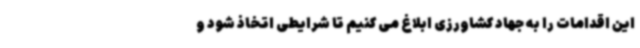
این اقدامات را به جهاد کشاورزی ابلاغ می کنیم تا شرایطی اتخاذ شود و